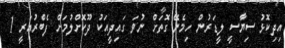
އިދިކޮޅު ސިޔާސީ ލީޑަރުން ހިމެނޭ ގޮތަށް ނުވަ ގައިދީއަކު ދޫކޮށްލުމަށް ފެބްރުއަރީ 1